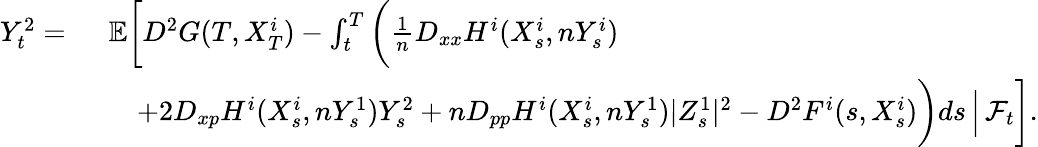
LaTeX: \begin{array}{rl}{Y_{t}^{2}=\ }&{{\mathbb E}\bigg[D^{2}G(T,X_{T}^{i})-\int_{t}^{T}\bigg(\frac{1}{n}D_{xx}H^{i}(X_{s}^{i},nY_{s}^{i})}\\ &{\quad+2D_{xp}H^{i}(X_{s}^{i},nY_{s}^{1})Y_{s}^{2}+nD_{pp}H^{i}(X_{s}^{i},nY_{s}^{1})|Z_{s}^{1}|^{2}-D^{2}F^{i}(s,X_{s}^{i})\bigg)ds\, \Big|\, \mathcal{F}_{t}\bigg].}\end{array}